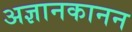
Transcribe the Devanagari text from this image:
अज्ञानकानन